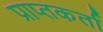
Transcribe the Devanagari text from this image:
प्राप्‍तकर्ता